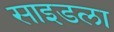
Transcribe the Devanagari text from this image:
साइडला